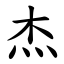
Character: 杰